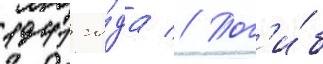
1941 го́да // Пог'и́б